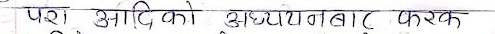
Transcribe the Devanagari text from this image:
परे) आदि को अध्ययनबाट फरक